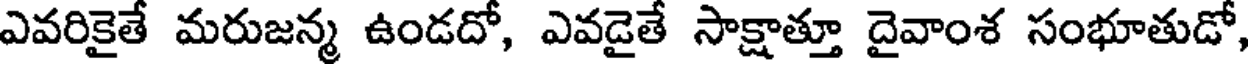
ఎవరికైతే మరుజన్మ ఉండదో, ఎవడైతే సాక్షాత్తూ దైవాంశ సంభూతుడో,